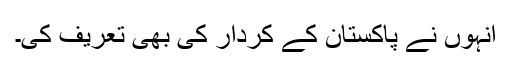
انہوں نے پاکستان کے کردار کی بھی تعریف کی۔